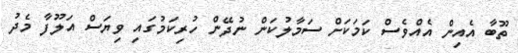
ތޫބާ އެއިން އެއްވެސް ކަމަކަށް ސަމާލުކަން ނުދޭން ހުރިކަމުގައި ވިޔަސް އަލޫފާ މެދު